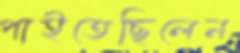
পাইতেছিলেন